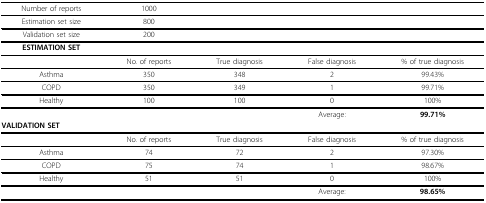
<table><thead><tr><td><b>Number of reports</b></td><td><b>1000</b></td><td></td><td></td><td></td></tr></thead><tbody><tr><td>Estimation set size</td><td>800</td><td></td><td></td><td></td></tr><tr><td>Validation set size</td><td>200</td><td></td><td></td><td></td></tr><tr><td><b>ESTIMATION SET</b></td><td colspan="4"></td></tr><tr><td></td><td>No. of reports</td><td>True diagnosis</td><td>False diagnosis</td><td>% of true diagnosis</td></tr><tr><td>Asthma</td><td>350</td><td>348</td><td>2</td><td>99.43%</td></tr><tr><td>COPD</td><td>350</td><td>349</td><td>1</td><td>99.71%</td></tr><tr><td>Healthy</td><td>100</td><td>100</td><td>0</td><td>100%</td></tr><tr><td colspan="3"></td><td>Average:</td><td><b>99.71%</b></td></tr><tr><td colspan="3"><b>VALIDATION SET</b></td><td></td><td></td></tr><tr><td></td><td>No. of reports</td><td>True diagnosis</td><td>False diagnosis</td><td>% of true diagnosis</td></tr><tr><td>Asthma</td><td>74</td><td>72</td><td>2</td><td>97.30%</td></tr><tr><td>COPD</td><td>75</td><td>74</td><td>1</td><td>98.67%</td></tr><tr><td>Healthy</td><td>51</td><td>51</td><td>0</td><td>100%</td></tr><tr><td colspan="3"></td><td>Average:</td><td><b>98.65%</b></td></tr></tbody></table>